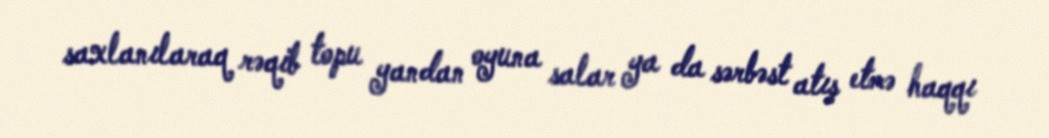
saxlanılaraq rəqib topu yandan oyuna salar ya da sərbəst atış etmə haqqı